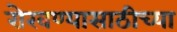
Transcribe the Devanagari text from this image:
रोखण्यासाठीच्या